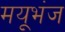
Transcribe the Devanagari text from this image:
मयूभंज